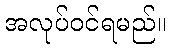
အလုပ်ဝင်ရမည်။